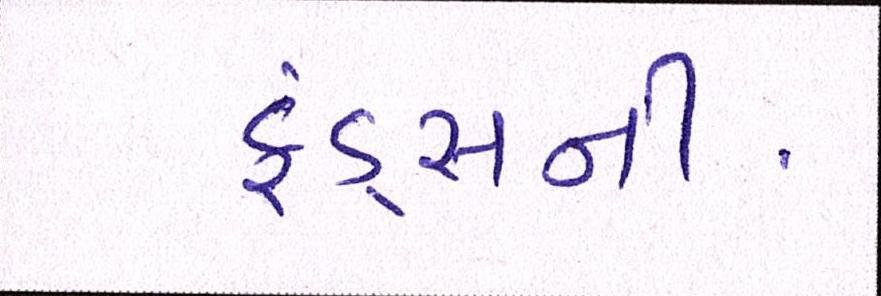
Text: ફંડ્સની